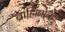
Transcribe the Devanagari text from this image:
ब्राह्मिनोके